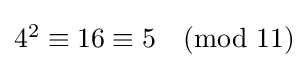
{\textstyle 4^{2}\equiv 16\equiv 5{\pmod {11}}}